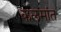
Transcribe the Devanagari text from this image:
कलमांत